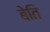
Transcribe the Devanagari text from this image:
बेति